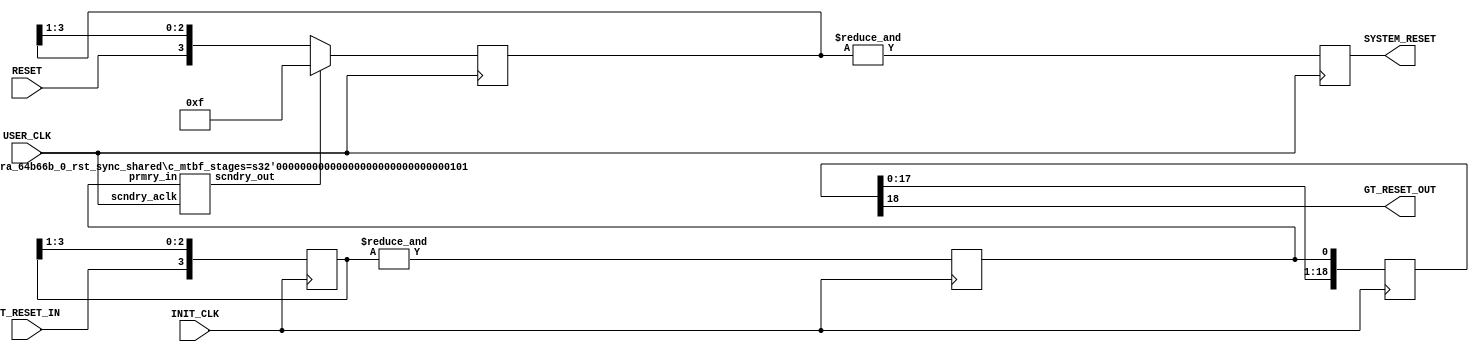
 
 ///////////////////////////////////////////////////////////////////////////////
 // (c) Copyright 2008 Xilinx, Inc. All rights reserved.
 //
 // This file contains confidential and proprietary information
 // of Xilinx, Inc. and is protected under U.S. and
 // international copyright and other intellectual property
 // laws.
 //
 // DISCLAIMER
 // This disclaimer is not a license and does not grant any
 // rights to the materials distributed herewith. Except as
 // otherwise provided in a valid license issued to you by
 // Xilinx, and to the maximum extent permitted by applicable
 // law: (1) THESE MATERIALS ARE MADE AVAILABLE "AS IS" AND
 // WITH ALL FAULTS, AND XILINX HEREBY DISCLAIMS ALL WARRANTIES
 // AND CONDITIONS, EXPRESS, IMPLIED, OR STATUTORY, INCLUDING
 // BUT NOT LIMITED TO WARRANTIES OF MERCHANTABILITY, NON-
 // INFRINGEMENT, OR FITNESS FOR ANY PARTICULAR PURPOSE; and
 // (2) Xilinx shall not be liable (whether in contract or tort,
 // including negligence, or under any other theory of
 // liability) for any loss or damage of any kind or nature
 // related to, arising under or in connection with these
 // materials, including for any direct, or any indirect,
 // special, incidental, or consequential loss or damage
 // (including loss of data, profits, goodwill, or any type of
 // loss or damage suffered as a result of any action brought
 // by a third party) even if such damage or loss was
 // reasonably foreseeable or Xilinx had been advised of the
 // possibility of the same.
 //
 // CRITICAL APPLICATIONS
 // Xilinx products are not designed or intended to be fail-
 // safe, or for use in any application requiring fail-safe
 // performance, such as life-support or safety devices or
 // systems, Class III medical devices, nuclear facilities,
 // applications related to the deployment of airbags, or any
 // other applications that could lead to death, personal
 // injury, or severe property or environmental damage
 // (individually and collectively, "Critical
 // Applications"). Customer assumes the sole risk and
 // liability of any use of Xilinx products in Critical
 // Applications, subject only to applicable laws and
 // regulations governing limitations on product liability.
 //
 // THIS COPYRIGHT NOTICE AND DISCLAIMER MUST BE RETAINED AS
 // PART OF THIS FILE AT ALL TIMES.
 // 
 // 
 ///////////////////////////////////////////////////////////////////////////////
 //
 //  SUPPORT LEVEL AURORA RESET LOGIC
 //
 //
 //
 //  Description: Support level RESET logic generation using Debouncer
 //
 //         
 `timescale 1 ns / 1 ps

   (* core_generation_info = "aurora_64b66b_0,aurora_64b66b_v11_2_4,{c_aurora_lanes=1,c_column_used=right,c_gt_clock_1=GTXQ1,c_gt_clock_2=None,c_gt_loc_1=X,c_gt_loc_10=X,c_gt_loc_11=X,c_gt_loc_12=X,c_gt_loc_13=X,c_gt_loc_14=X,c_gt_loc_15=X,c_gt_loc_16=X,c_gt_loc_17=X,c_gt_loc_18=X,c_gt_loc_19=X,c_gt_loc_2=X,c_gt_loc_20=X,c_gt_loc_21=X,c_gt_loc_22=X,c_gt_loc_23=X,c_gt_loc_24=X,c_gt_loc_25=X,c_gt_loc_26=X,c_gt_loc_27=X,c_gt_loc_28=X,c_gt_loc_29=X,c_gt_loc_3=X,c_gt_loc_30=X,c_gt_loc_31=X,c_gt_loc_32=X,c_gt_loc_33=X,c_gt_loc_34=X,c_gt_loc_35=X,c_gt_loc_36=X,c_gt_loc_37=X,c_gt_loc_38=X,c_gt_loc_39=X,c_gt_loc_4=X,c_gt_loc_40=X,c_gt_loc_41=X,c_gt_loc_42=X,c_gt_loc_43=X,c_gt_loc_44=X,c_gt_loc_45=X,c_gt_loc_46=X,c_gt_loc_47=X,c_gt_loc_48=X,c_gt_loc_5=1,c_gt_loc_6=X,c_gt_loc_7=X,c_gt_loc_8=X,c_gt_loc_9=X,c_lane_width=4,c_line_rate=3.125,c_gt_type=gtx,c_qpll=false,c_nfc=false,c_nfc_mode=IMM,c_refclk_frequency=156.25,c_simplex=false,c_simplex_mode=TX,c_stream=false,c_ufc=false,c_user_k=false,flow_mode=None,interface_mode=Framing,dataflow_config=Duplex}" *) 
(* DowngradeIPIdentifiedWarnings="yes" *)
 module aurora_64b66b_0_SUPPORT_RESET_LOGIC
 (
     // User IO
     RESET,
     USER_CLK,
     INIT_CLK,
     GT_RESET_IN,
     SYSTEM_RESET,
     GT_RESET_OUT
 );
 
 `define DLY #1
 
 
 //***********************************Port Declarations*******************************
     // User I/O
       input              RESET; 
       input              USER_CLK; 
       input              INIT_CLK; 
       input              GT_RESET_IN; 
       output             SYSTEM_RESET; 
       output             GT_RESET_OUT; 
 
 //**************************Internal Register Declarations****************************
     reg             [0:3]      reset_debounce_r  = 4'h0; 
     reg                        SYSTEM_RESET = 1'b1; 
     reg                        gt_rst_r     = 1'b0; 
     reg     [19:0]  dly_gt_rst_r                     = 20'h00000;
(* ASYNC_REG = "true" *) (* shift_extract = "{no}" *) reg  [0:3]      debounce_gt_rst_r = 4'h0; 
     wire            gt_rst_sync;
 
 //*********************************Main Body of Code**********************************

//Reset sync from INIT_CLK to USER_CLK
 aurora_64b66b_0_rst_sync_shared #
 (
     .c_mtbf_stages (5)
 )u_rst_sync_gt
 (
     .prmry_in     (gt_rst_r),
     .scndry_aclk  (USER_CLK),
     .scndry_out   (gt_rst_sync)
 );

 //_________________Debounce the Reset and PMA init signal___________________________
 // Simple Debouncer for Reset button. The debouncer has an
 // asynchronous reset tied to GT_RESET_IN. This is primarily for simulation, to ensure
 // that unknown values are not driven into the reset line
 
     always @(posedge USER_CLK )
         if(gt_rst_sync)
             reset_debounce_r    <=  4'b1111;    
         else
             reset_debounce_r    <=  {RESET,reset_debounce_r[0:2]}; 

     always @ (posedge USER_CLK)
       SYSTEM_RESET <= &reset_debounce_r;
 
 
 // Debounce the GT_RESET_IN signal using the INIT_CLK
     always @(posedge INIT_CLK)
         debounce_gt_rst_r <=  {GT_RESET_IN,debounce_gt_rst_r[0:2]};
 
      always @(posedge INIT_CLK)
        gt_rst_r        <=  `DLY &debounce_gt_rst_r;

 // Delay RESET assertion to GT.This will ensure all logic is reset first before GT is reset
      always @ (posedge INIT_CLK)
      begin
        dly_gt_rst_r <= `DLY {dly_gt_rst_r[18:0],gt_rst_r};
      end

     assign  GT_RESET_OUT    =   dly_gt_rst_r[18];
 
 endmodule

module aurora_64b66b_0_rst_sync_shared
   # (
       parameter       c_init_val      = 1'b1,
       parameter [4:0] c_mtbf_stages   = 3    // Number of sync stages needed  max value 31
     )  
     (
       input                           prmry_in,
       input                           scndry_aclk,
       output                          scndry_out
      );

genvar i;



(* ASYNC_REG = "TRUE" *)(* shift_extract = "{no}"*)  reg  stg1_aurora_64b66b_0_cdc_to = c_init_val;      
(* ASYNC_REG = "TRUE" *)(* shift_extract = "{no}"*)  reg  stg2 = c_init_val;      
(* ASYNC_REG = "TRUE" *)(* shift_extract = "{no}"*)  reg  stg3 = c_init_val;      

                        (* shift_extract = "{no}"*)  reg  stg4 = c_init_val;     
                        (* shift_extract = "{no}"*)  reg  stg5 = c_init_val;     
                        (* shift_extract = "{no}"*)  reg  stg6 = c_init_val;     
                        (* shift_extract = "{no}"*)  reg  stg7 = c_init_val;     
                        (* shift_extract = "{no}"*)  reg  stg8 = c_init_val;     
                        (* shift_extract = "{no}"*)  reg  stg9 = c_init_val;     
                        (* shift_extract = "{no}"*)  reg  stg10 = c_init_val;    
                        (* shift_extract = "{no}"*)  reg  stg11 = c_init_val;    
                        (* shift_extract = "{no}"*)  reg  stg12 = c_init_val;    
                        (* shift_extract = "{no}"*)  reg  stg13 = c_init_val;    
                        (* shift_extract = "{no}"*)  reg  stg14 = c_init_val;    
                        (* shift_extract = "{no}"*)  reg  stg15 = c_init_val;    
                        (* shift_extract = "{no}"*)  reg  stg16 = c_init_val;    
                        (* shift_extract = "{no}"*)  reg  stg17 = c_init_val;    
                        (* shift_extract = "{no}"*)  reg  stg18 = c_init_val;    
                        (* shift_extract = "{no}"*)  reg  stg19 = c_init_val;    
                        (* shift_extract = "{no}"*)  reg  stg20 = c_init_val;    
                        (* shift_extract = "{no}"*)  reg  stg21 = c_init_val;    
                        (* shift_extract = "{no}"*)  reg  stg22 = c_init_val;    
                        (* shift_extract = "{no}"*)  reg  stg23 = c_init_val;    
                        (* shift_extract = "{no}"*)  reg  stg24 = c_init_val;    
                        (* shift_extract = "{no}"*)  reg  stg25 = c_init_val;    
                        (* shift_extract = "{no}"*)  reg  stg26 = c_init_val;    
                        (* shift_extract = "{no}"*)  reg  stg27 = c_init_val;    
                        (* shift_extract = "{no}"*)  reg  stg28 = c_init_val;    
                        (* shift_extract = "{no}"*)  reg  stg29 = c_init_val;    
                        (* shift_extract = "{no}"*)  reg  stg30 = c_init_val;    
                        (* shift_extract = "{no}"*)  reg  stg31 = c_init_val;    

generate 

always @(posedge scndry_aclk)
begin
    stg1_aurora_64b66b_0_cdc_to <= `DLY prmry_in;
    stg2 <= `DLY stg1_aurora_64b66b_0_cdc_to;
    stg3 <= `DLY stg2;
    stg4 <= `DLY stg3;
    stg5 <= `DLY stg4;
    stg6 <= `DLY stg5;
    stg7 <= `DLY stg6;
    stg8 <= `DLY stg7;
    stg9 <= `DLY stg8;
    stg10 <= `DLY stg9;
    stg11 <= `DLY stg10; 
    stg12 <= `DLY stg11; 
    stg13 <= `DLY stg12; 
    stg14 <= `DLY stg13; 
    stg15 <= `DLY stg14; 
    stg16 <= `DLY stg15; 
    stg17 <= `DLY stg16; 
    stg18 <= `DLY stg17; 
    stg19 <= `DLY stg18; 
    stg20 <= `DLY stg19; 
    stg21 <= `DLY stg20; 
    stg22 <= `DLY stg21; 
    stg23 <= `DLY stg22; 
    stg24 <= `DLY stg23; 
    stg25 <= `DLY stg24; 
    stg26 <= `DLY stg25; 
    stg27 <= `DLY stg26; 
    stg28 <= `DLY stg27; 
    stg29 <= `DLY stg28; 
    stg30 <= `DLY stg29; 
    stg31 <= `DLY stg30; 
end

if(c_mtbf_stages <= 3)  assign scndry_out = stg3;
if(c_mtbf_stages == 4)  assign scndry_out = stg4;
if(c_mtbf_stages == 5)  assign scndry_out = stg5;
if(c_mtbf_stages == 6)  assign scndry_out = stg6;
if(c_mtbf_stages == 7)  assign scndry_out = stg7;
if(c_mtbf_stages == 8)  assign scndry_out = stg8;
if(c_mtbf_stages == 9)  assign scndry_out = stg9;
if(c_mtbf_stages == 10)  assign scndry_out = stg10;
if(c_mtbf_stages == 11)  assign scndry_out = stg11;
if(c_mtbf_stages == 12)  assign scndry_out = stg12;
if(c_mtbf_stages == 13)  assign scndry_out = stg13;
if(c_mtbf_stages == 14)  assign scndry_out = stg14;
if(c_mtbf_stages == 15)  assign scndry_out = stg15;
if(c_mtbf_stages == 16)  assign scndry_out = stg16;
if(c_mtbf_stages == 17)  assign scndry_out = stg17;
if(c_mtbf_stages == 18)  assign scndry_out = stg18;
if(c_mtbf_stages == 19)  assign scndry_out = stg19;
if(c_mtbf_stages == 20)  assign scndry_out = stg20;
if(c_mtbf_stages == 21)  assign scndry_out = stg21;
if(c_mtbf_stages == 22)  assign scndry_out = stg22;
if(c_mtbf_stages == 23)  assign scndry_out = stg23;
if(c_mtbf_stages == 24)  assign scndry_out = stg24;
if(c_mtbf_stages == 25)  assign scndry_out = stg25;
if(c_mtbf_stages == 26)  assign scndry_out = stg26;
if(c_mtbf_stages == 27)  assign scndry_out = stg27;
if(c_mtbf_stages == 28)  assign scndry_out = stg28;
if(c_mtbf_stages == 29)  assign scndry_out = stg29;
if(c_mtbf_stages == 30)  assign scndry_out = stg30;
if(c_mtbf_stages == 31)  assign scndry_out = stg31;

endgenerate

endmodule